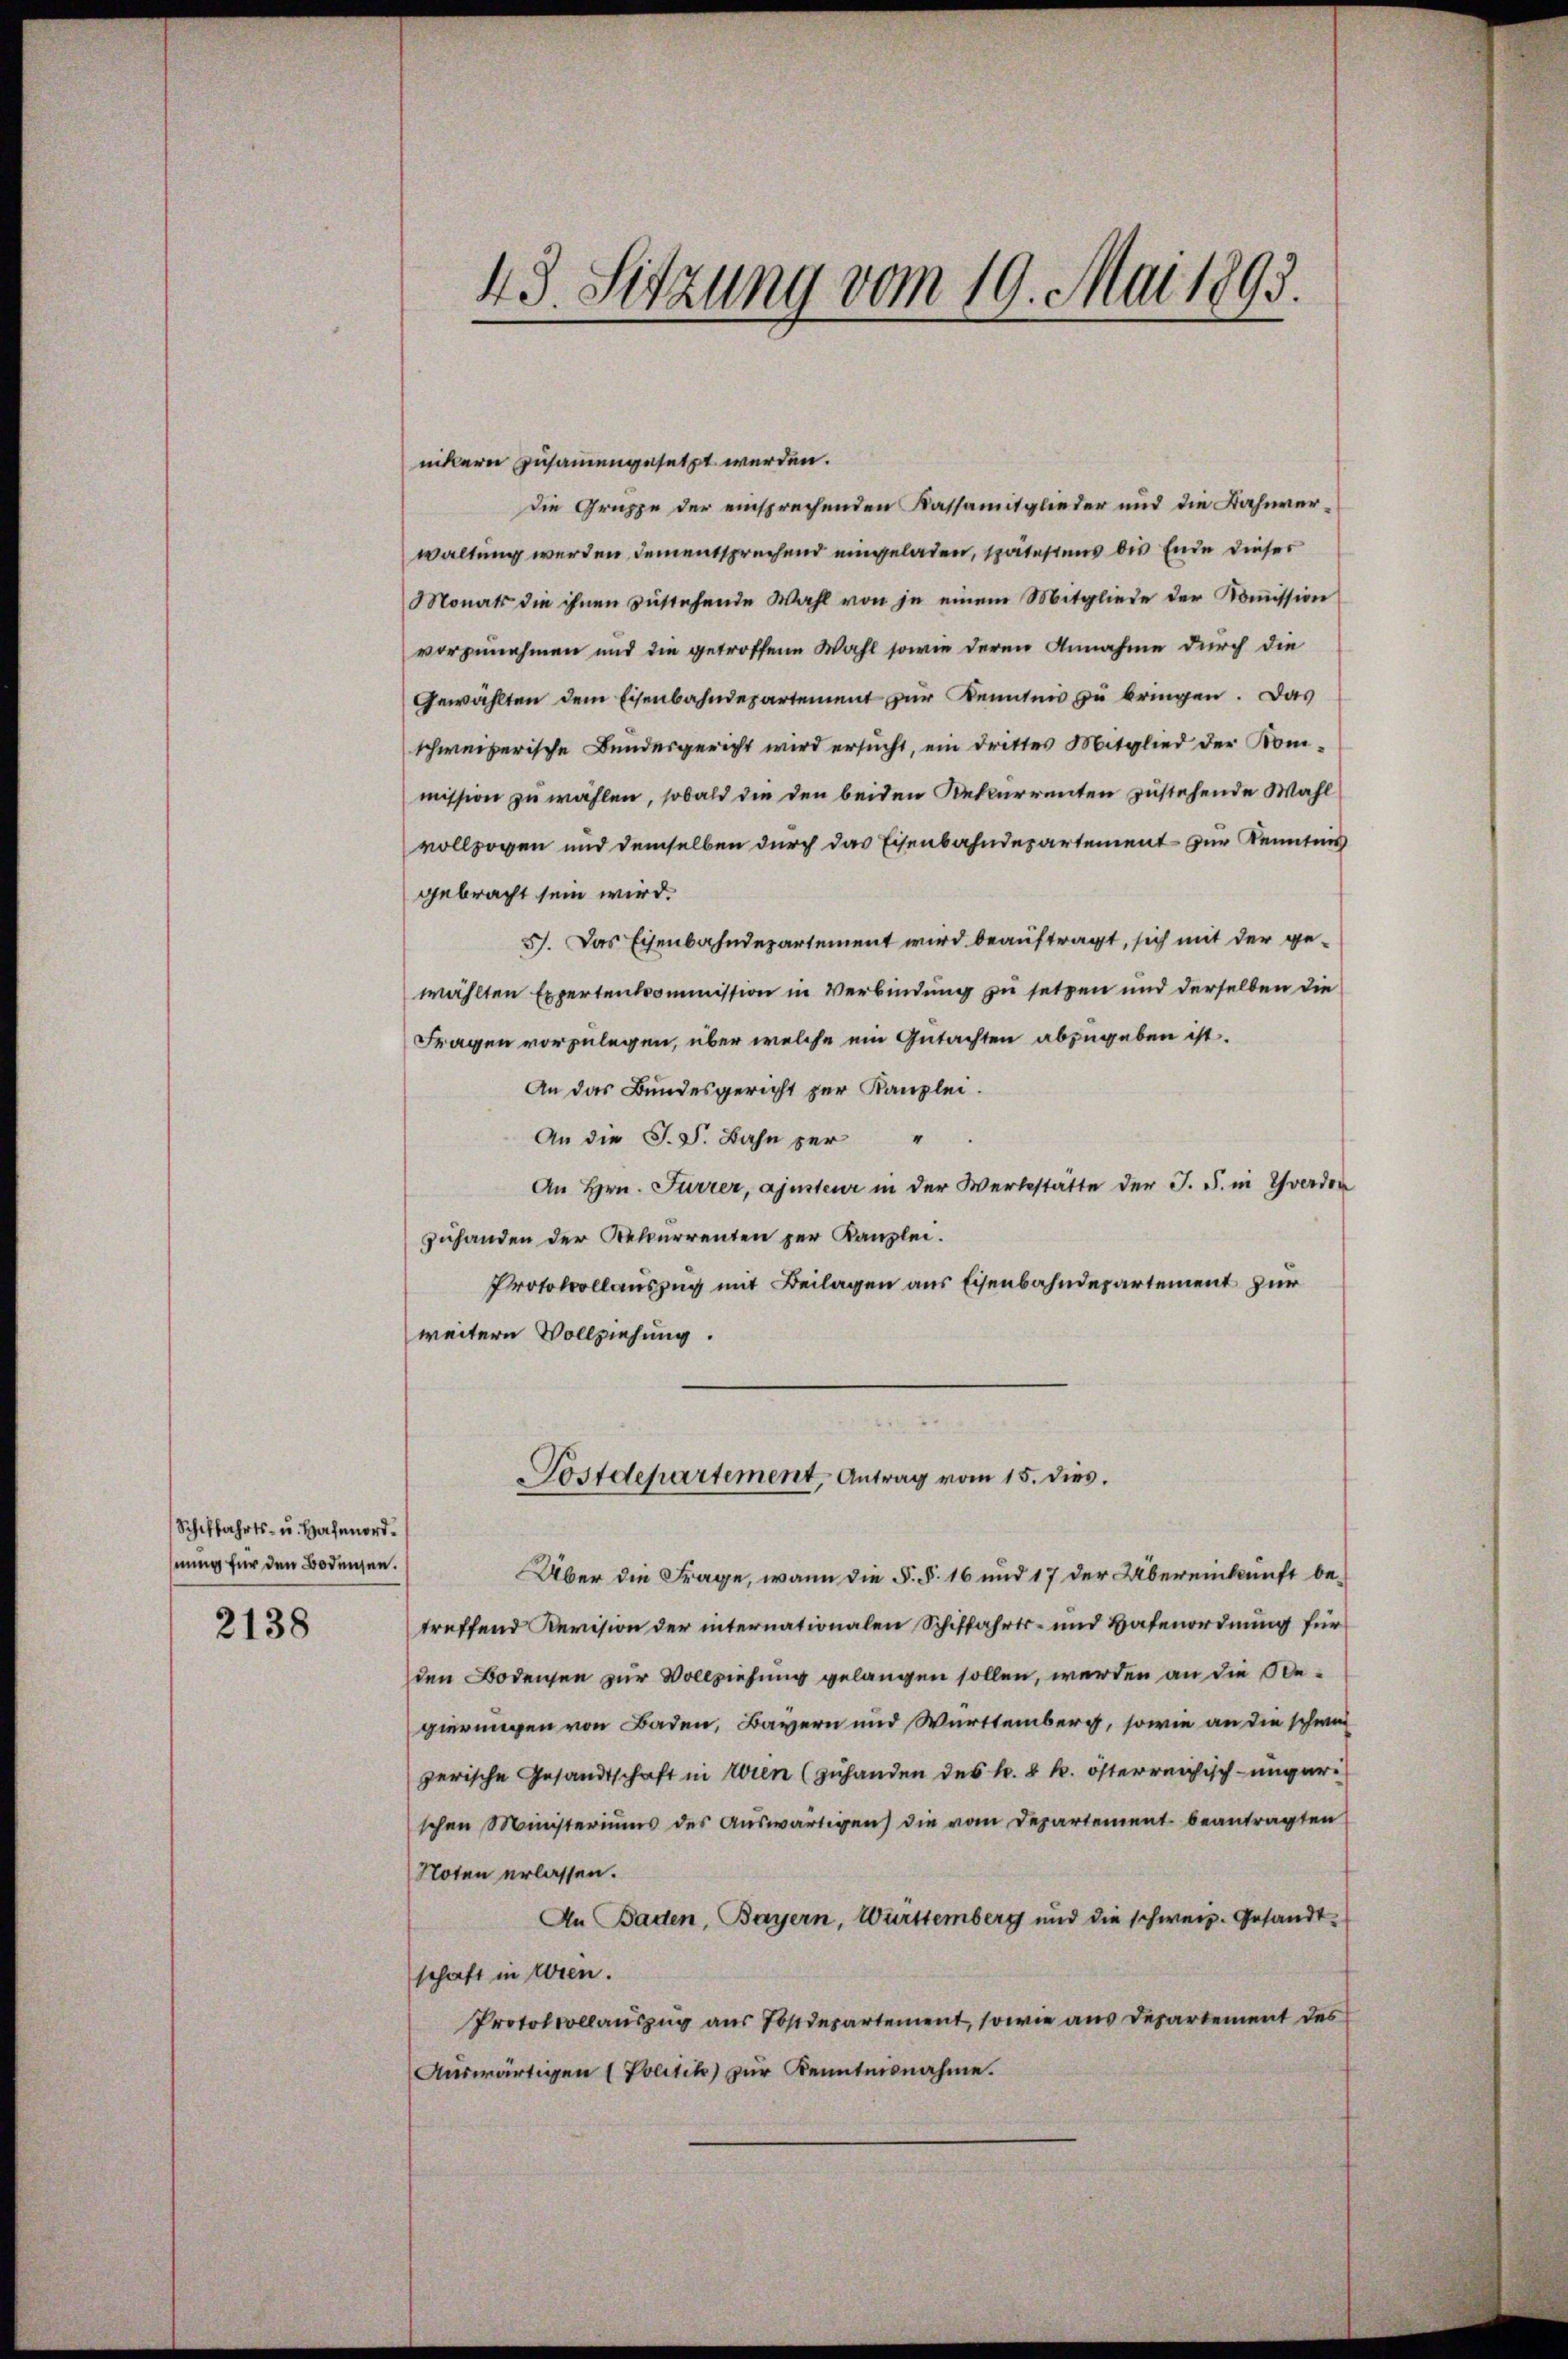
Schiffahrts- u. Hafenordnung für den Bodensen.
2138

nikern zusammengesetzt werden.
die Gruppe der einsprechenden Kassamitglieder und die Bahnverwaltung werden, dem entsprechend eingeladen, spätestens die Ende dieser
Monats die ihnen zŭstehende Wahl von je einem Mitgliede der Koṁission
vorzunehmen und die getroffene Wahl sowie deren Annahme durch die
Gewählten dem Eisenbahndepartement zur Kenntnis zu bringen. Das
schweizerische Bundesgericht wird ersucht, ein drittes Mitglied der Kommission zu wählen, sobald die den beiden Rekurrenten zustehende Wahl
vollzogen und demselben durch das Eisenbahndepartement zur Kenntnis
gebracht sein wird.
5). Das Eisenbahndepartement wird beauftragt, sich mit der gewählten Expertenkommission in Verbindung zu setzen und derselben die
Fragen vorzulegen, über welche ein Gutachten abzugeben ist.
An das Bundesgericht zur Kanzlei.
An die S.S. Bahn per "
An Hrn. Furrer, ajusteur in der Werkstätte der J. S. in Yverdon
zuhanden der Rekurrenten zur Kanzlei.
Protokollauszug mit Beilagen aus Eisenbahndepartement zur
weitern Vollziehung.

43. Sitzung vom 19. Mai 1893.

Postdepartement, Antrag vom 15. dies.

Über die Frage, wann die §. §. 16 und 17 der Übereinkunft betreffend Revision der internationalen Schiffahrts- und Hafenordnung für
den Bodensen zur Vollziehung gelangen sollen, werden an die Begierungen von Baden, Bayern und Württemberg, sowie an die schwei
zerische Gesandtschaft in Wien (zuhanden des k. k. k. österreichisch-ungar
schen Ministeriums des Aŭswärtigen die vom Departement beantragten
Noten erlassen.
An Baden, Bayern, Württemberg und die schweiz. Gesandtschaft in Loren.
Protokollauszug aus Postdepartement, sowie aus Departement des
Auswärtigen ( Politik zur Kenntnisnahme.